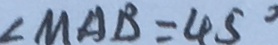
\angle M A B = 4 5 ^ { \circ }